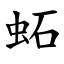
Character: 䖨